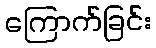
ကြောက်ခြင်း